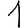
Digit: 1